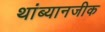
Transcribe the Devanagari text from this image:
थांब्यानजीक